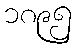
၁၈၉၅